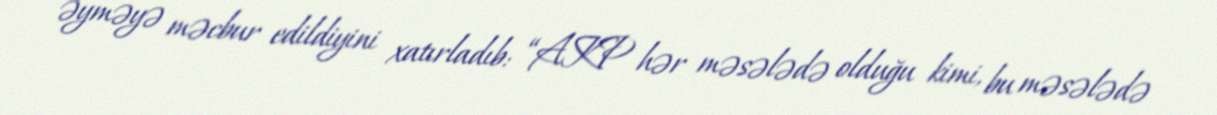
əyməyə məcbur edildiyini xatırladıb: “AKP hər məsələdə olduğu kimi, bu məsələdə